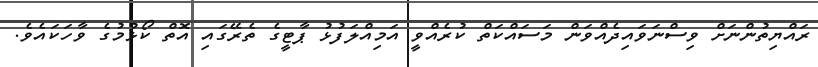
ރައްޔިތުންނަށް ވިސްނަވައިދެއްވަން މަސައްކަތް ކުރެއްވީ އަމިއްލަފުޅު ޕާޓީގެ ތެރޭގައި އޮތް ކޯޅުމުގެ ވާހަކައެވެ.